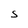
Character: S